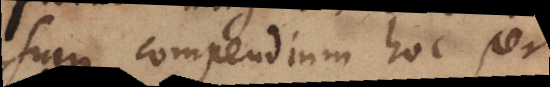
compendium hoc per